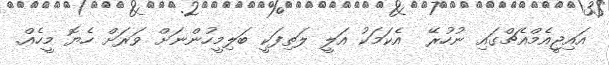
އައިޖީއެމްއެޗްގައި ނުހުރޭ  އެކަމަކު އަލީ ލަތިފަކީ ބަލިމީހުންނަށް ވަރަށް ހެޔޮ މީހެއް.